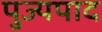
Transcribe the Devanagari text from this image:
पुज्यपाद